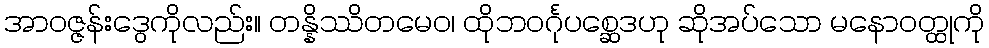
အာဝဇ္ဇန်းဒွေကိုလည်း။ တန္နိဿိတမေဝ၊ ထိုဘဝင်္ဂုပစ္ဆေဒဟု ဆိုအပ်သော မနောဝတ္ထုကို